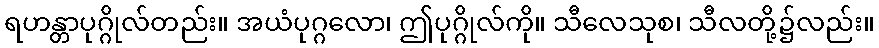
ရဟန္တာပုဂ္ဂိုလ်တည်း။ အယံပုဂ္ဂလော၊ ဤပုဂ္ဂိုလ်ကို။ သီလေသုစ၊ သီလတို့၌လည်း။